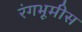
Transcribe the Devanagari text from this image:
रंगभूमीस